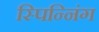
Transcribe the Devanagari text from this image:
स्पिन्निंग